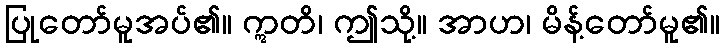
ပြုတော်မူအပ်၏။ ဣတိ၊ ဤသို့။ အာဟ၊ မိန့်တော်မူ၏။